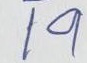
19